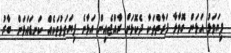
ފިޔަވަޅު އަޅަން ގޮވާލާ ފަރާތްތަކާ ދެކޮޅަށް ރާއްޖެއިން އަޅާނެ ފިޔަވަޅުތަކެއް ކަނޑައަޅަން ބާރު